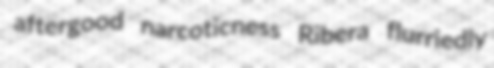
aftergood narcoticness Ribera flurriedly